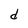
Character: d